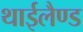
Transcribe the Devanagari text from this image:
थाईलैण्‍ड